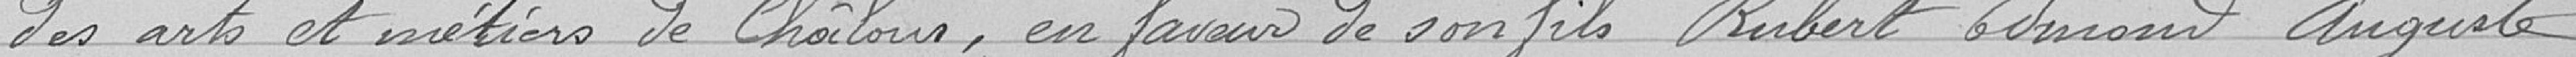
des arts et métiers de Châlons, en faveur de son fils Rubert Edmond Auguste